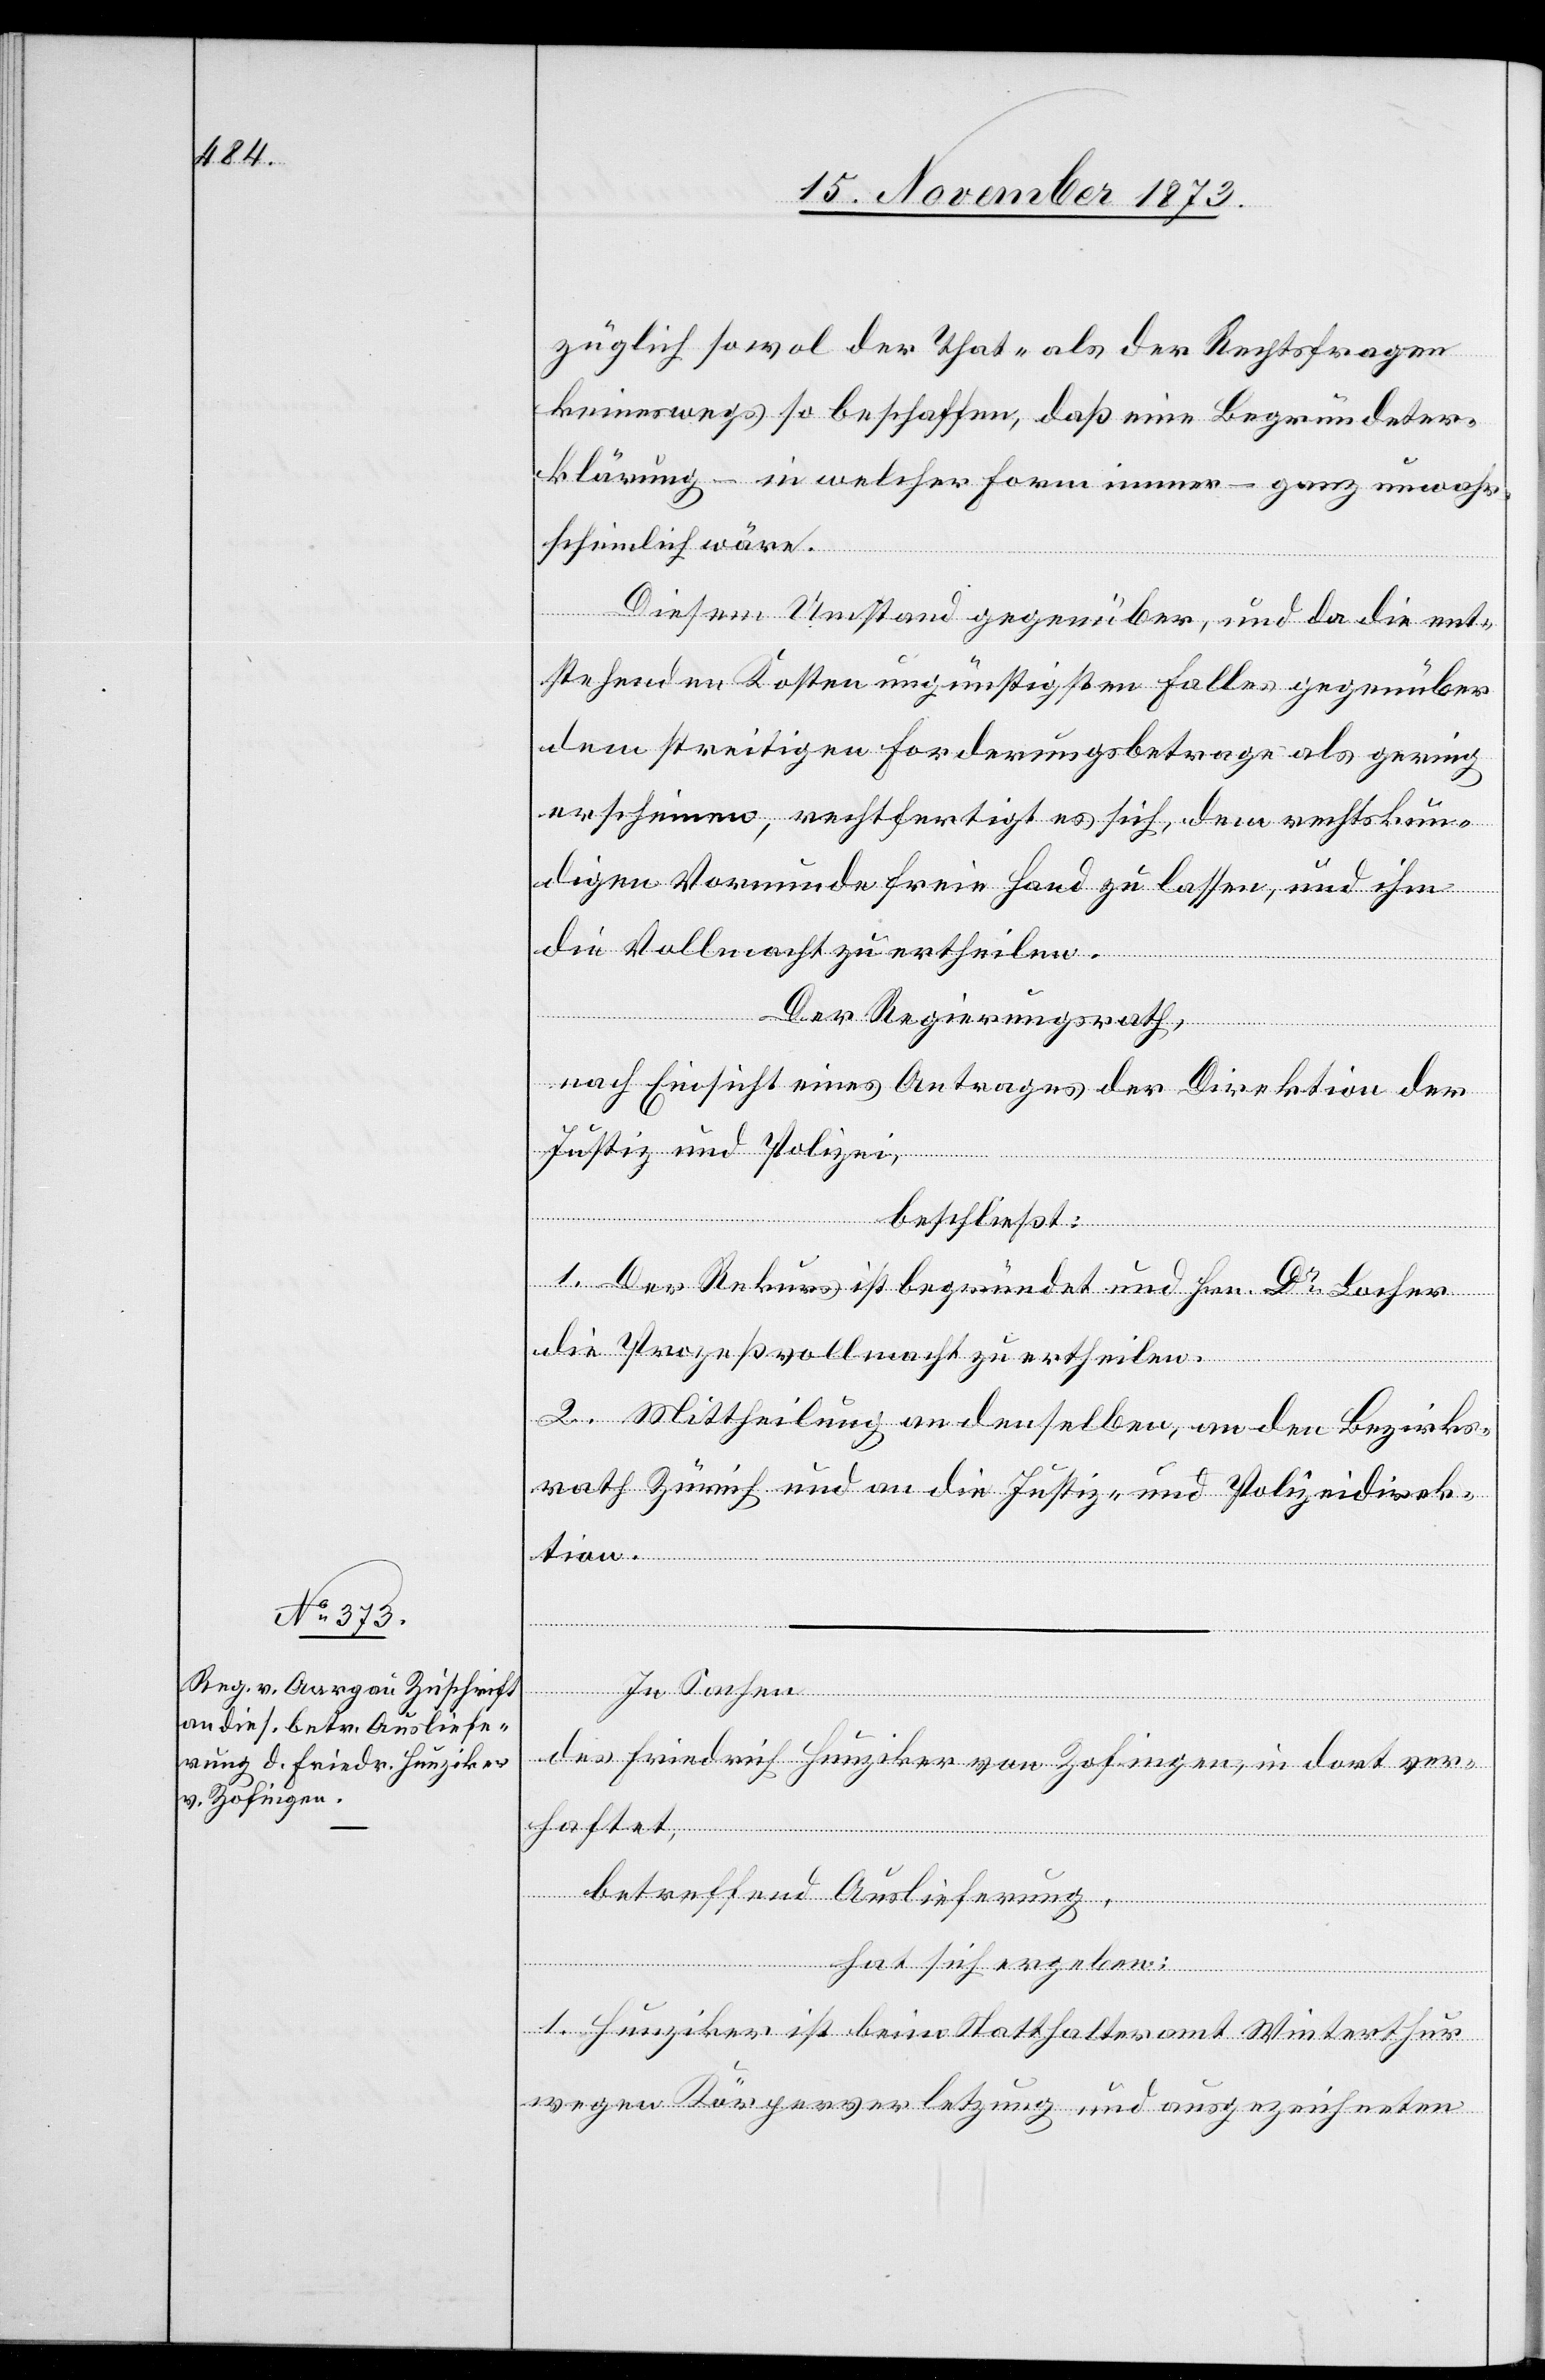
18. November 1873.]
züglich sowol der That- als der Rechtsfragen
keineswegs so beschaffen, daß eine Begründeter¬
klärung – in welcher Form immer – ganz unwahr¬
scheinlich wäre.
Diesem Umstand gegenüber, und da die ent¬
stehenden Kosten ungünstigsten Falles gegenüber
dem streitigen Forderungsbetrage als gering
erscheinen, rechtfertigt es sich, dem rechtskun¬
digen Vormunde freie Hand zu lassen, und ihm
die Vollmacht zu ertheilen.
Der Regierungsrath,
nach Einsicht eines Antrages der Direktion der
Justiz und Polizei,
beschließt:
1. Der Rekurs ist begründet und Hrn. Dr Locher
die Prozeßvollmacht zu ertheilen.
haftet,
2. Mittheilung an denselben, an den Bezirks¬
rath Zürich und an die Justiz- und Polizeidirek¬
tion.
In Sachen
des Friedrich Hunziker von Zofingen, in dort ver¬
betreffend Auslieferung,
hat sich ergeben:
1. Hunziker ist beim Statthalteramt Winterthur
wegen Körperverletzung und ausgezeichneten